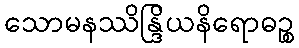
သောမနဿိန္ဒြိယနိရောဓဉ္စ